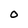
Character: O